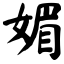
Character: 媚